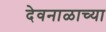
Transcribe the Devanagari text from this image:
देवनाळाच्या